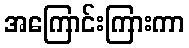
အကြောင်းကြားကာ